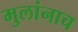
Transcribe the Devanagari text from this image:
मुलांनाच